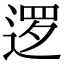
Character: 逻